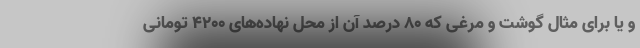
و یا برای مثال گوشت و مرغی که 80 درصد آن از محل نهاده‌های 4200 تومانی